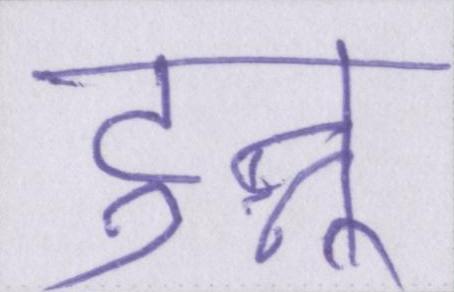
टुन्नू